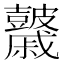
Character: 𥀻